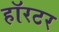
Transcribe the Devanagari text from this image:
हॉरटर